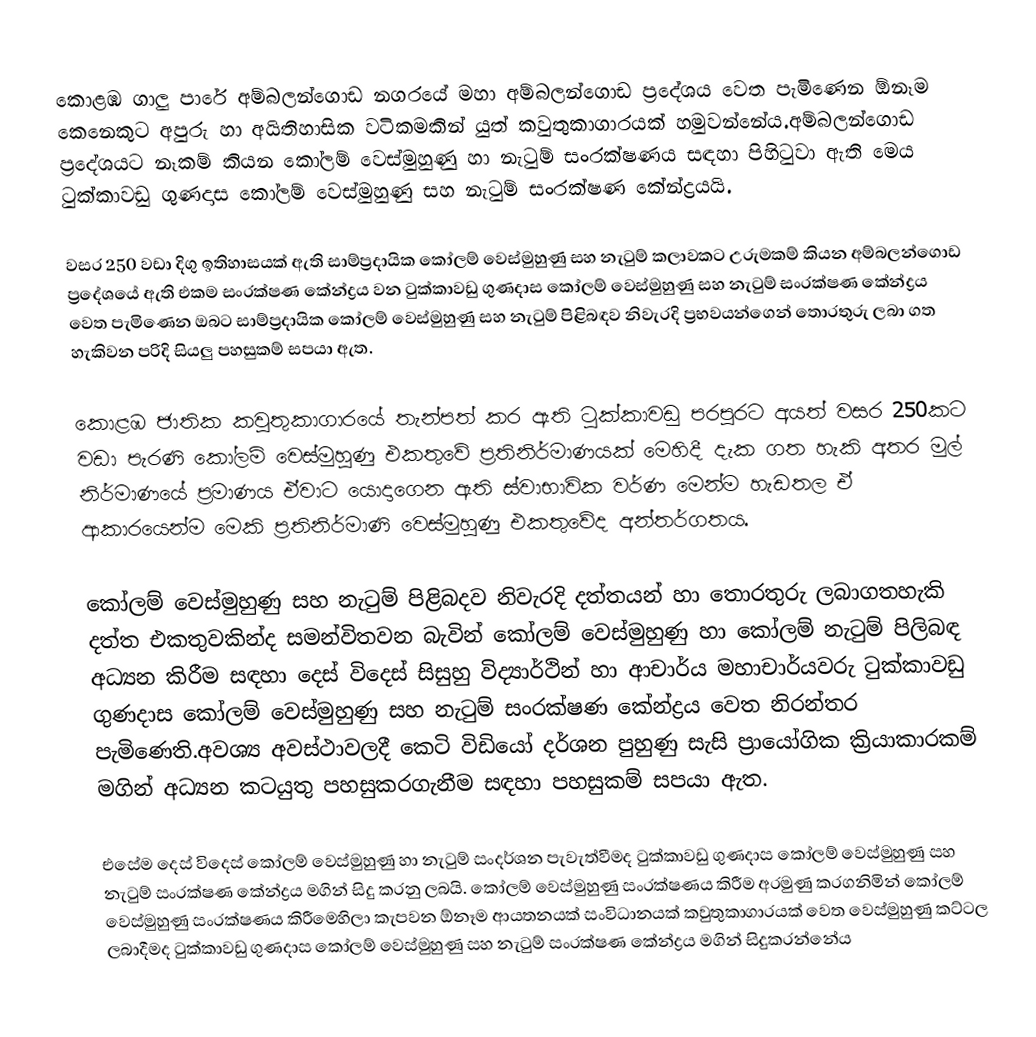
කොළඹ ගාලු පාරේ අම්බලන්ගොඩ නගරයේ මහා අම්බලන්ගොඩ ප්‍රදේශය වෙත පැමිණෙන ඕනෑම කෙනෙකුට අපුරු හා අයිතිහාසික වටිකමකින් යුත් කවුතුකාගාරයක් හමුවන්නේය.අම්බලන්ගොඩ ප්‍රදේශයට නෑකම් කියන කෝලම් වෙස්මුහුණු  හා  නැටුම් සංරක්ෂණය සඳහා පිහිටුවා ඇති මෙය   ටුක්කාවඩු ගුණදාස කෝලම් වෙස්මුහුණු සහ නැටුම් සංරක්ෂණ කේන්ද්‍රයයි.

වසර 250 වඩා දිගු ඉතිහාසයක් ඇති සාම්ප්‍රදායික කෝලම් වෙස්මුහුණු සහ නැටුම් කලාවකට උරුමකම් කියන අම්බලන්ගොඩ  ප්‍රදේශයේ ඇති එකම සංරක්ෂණ කේන්ද්‍රය වන  ටුක්කාවඩු ගුණදාස කෝලම් වෙස්මුහුණු සහ නැටුම් සංරක්ෂණ කේන්ද්‍රය වෙත පැමිණෙන ඔබට සාම්ප්‍රදායික කෝලම් වෙස්මුහුණු සහ නැටුම් පිළිබඳව නිවැරදි ප්‍රභවයන්ගෙන් තොරතුරු ලබා ගත හැකිවන පරිදි සියලු පහසුකම් සපයා ඇත.

කොළඹ ජාතික කවුතුකාගාරයේ තැන්පත් කර ඇති ටුක්කාවඩු පරපුරට අයත් වසර 250කට වඩා  පැරණි කෝලම් වෙස්මුහුණු එකතුවේ ප්‍රතිනිර්මාණයක් මෙහිදී දැක ගත හැකි අතර මුල් නිර්මාණයේ ප්‍රමාණය ඒවාට යොදාගෙන ඇති ස්වාභාවික වර්ණ මෙන්ම හැඩතල ඒ ආකාරයෙන්ම මෙකි ප්‍රතිනිර්මාණි වෙස්මුහුණු එකතුවේද අන්තර්ගතය.

කෝලම් වෙස්මුහුණු සහ නැටුම් පිළිබදව නිවැරදි දත්තයන් හා තොරතුරු ලබාගතහැකි දත්ත එකතුවකින්ද සමන්විතවන බැවින් කෝලම් වෙස්මුහුණු හා කෝලම් නැටුම් පිලිබඳ අධ්‍යන කිරීම සඳහා දෙස් විදෙස් සිසුහු  විද්‍යාර්ථින් හා ආචාර්ය මහාචාර්යවරු   ටුක්කාවඩු ගුණදාස කෝලම් වෙස්මුහුණු සහ නැටුම් සංරක්ෂණ කේන්ද්‍රය වෙත නිරන්තර පැමිණෙති.අවශ්‍ය අවස්ථාවලදී කෙටි විඩියෝ දර්ශන පුහුණු සැසි ප්‍රායෝගික ක්‍රියාකාරකම් මගින් අධ්‍යන කටයුතු පහසුකරගැනීම සඳහා පහසුකම් සපයා ඇත.

එසේම දෙස් විදෙස් කෝලම් වෙස්මුහුණු හා නැටුම් සංදර්ශන පැවැත්වීමද  ටුක්කාවඩු ගුණදාස කෝලම් වෙස්මුහුණු සහ නැටුම් සංරක්ෂණ කේන්ද්‍රය මගින් සිදු  කරනු ලබයි. කෝලම් වෙස්මුහුණු සංරක්ෂණය කිරීම අරමුණු කරගනිමින් කෝලම් වෙස්මුහුණු සංරක්ෂණය කිරීමෙහිලා කැපවන ඕනෑම ආයතනයක් සංවිධානයක් කවුතුකාගාරයක් වෙත වෙස්මුහුණු කට්ටල ලබාදීමද ටුක්කාවඩු ගුණදාස කෝලම් වෙස්මුහුණු සහ නැටුම් සංරක්ෂණ කේන්ද්‍රය මගින් සිදුකරන්නේය